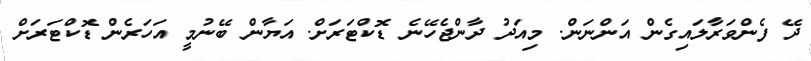
ދޭ ފެންވަރާލައިގެން އަންނަން. މިއަދު ދާންޖެހޭނެ ޑޮކްޓަރަށް. އަޔާން ބޭނުމީ އަހަރެން ޑޮކްޓަރަށް